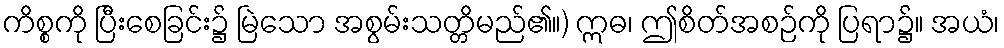
ကိစ္စကို ပြီးစေခြင်း၌ မြဲသော အစွမ်းသတ္တိမည်၏။) ဣဓ၊ ဤစိတ်အစဉ်ကို ပြရာ၌။ အယံ၊